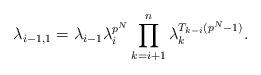
LaTeX: \begin{align*}\lambda_{i-1,1} = \lambda_{i-1} \lambda_i^{p^N} \prod_{k=i+1}^n \lambda_k^{T_{k-i}(p^N-1)}.\end{align*}